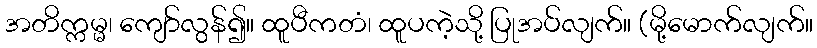
အတိက္ကမ္မ၊ ကျော်လွန်၍။ ထူပီကတံ၊ ထူပကဲ့သို့ ပြုအပ်လျက်။ (မို့မောက်လျက်။